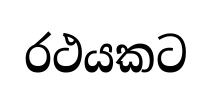
රථයකට